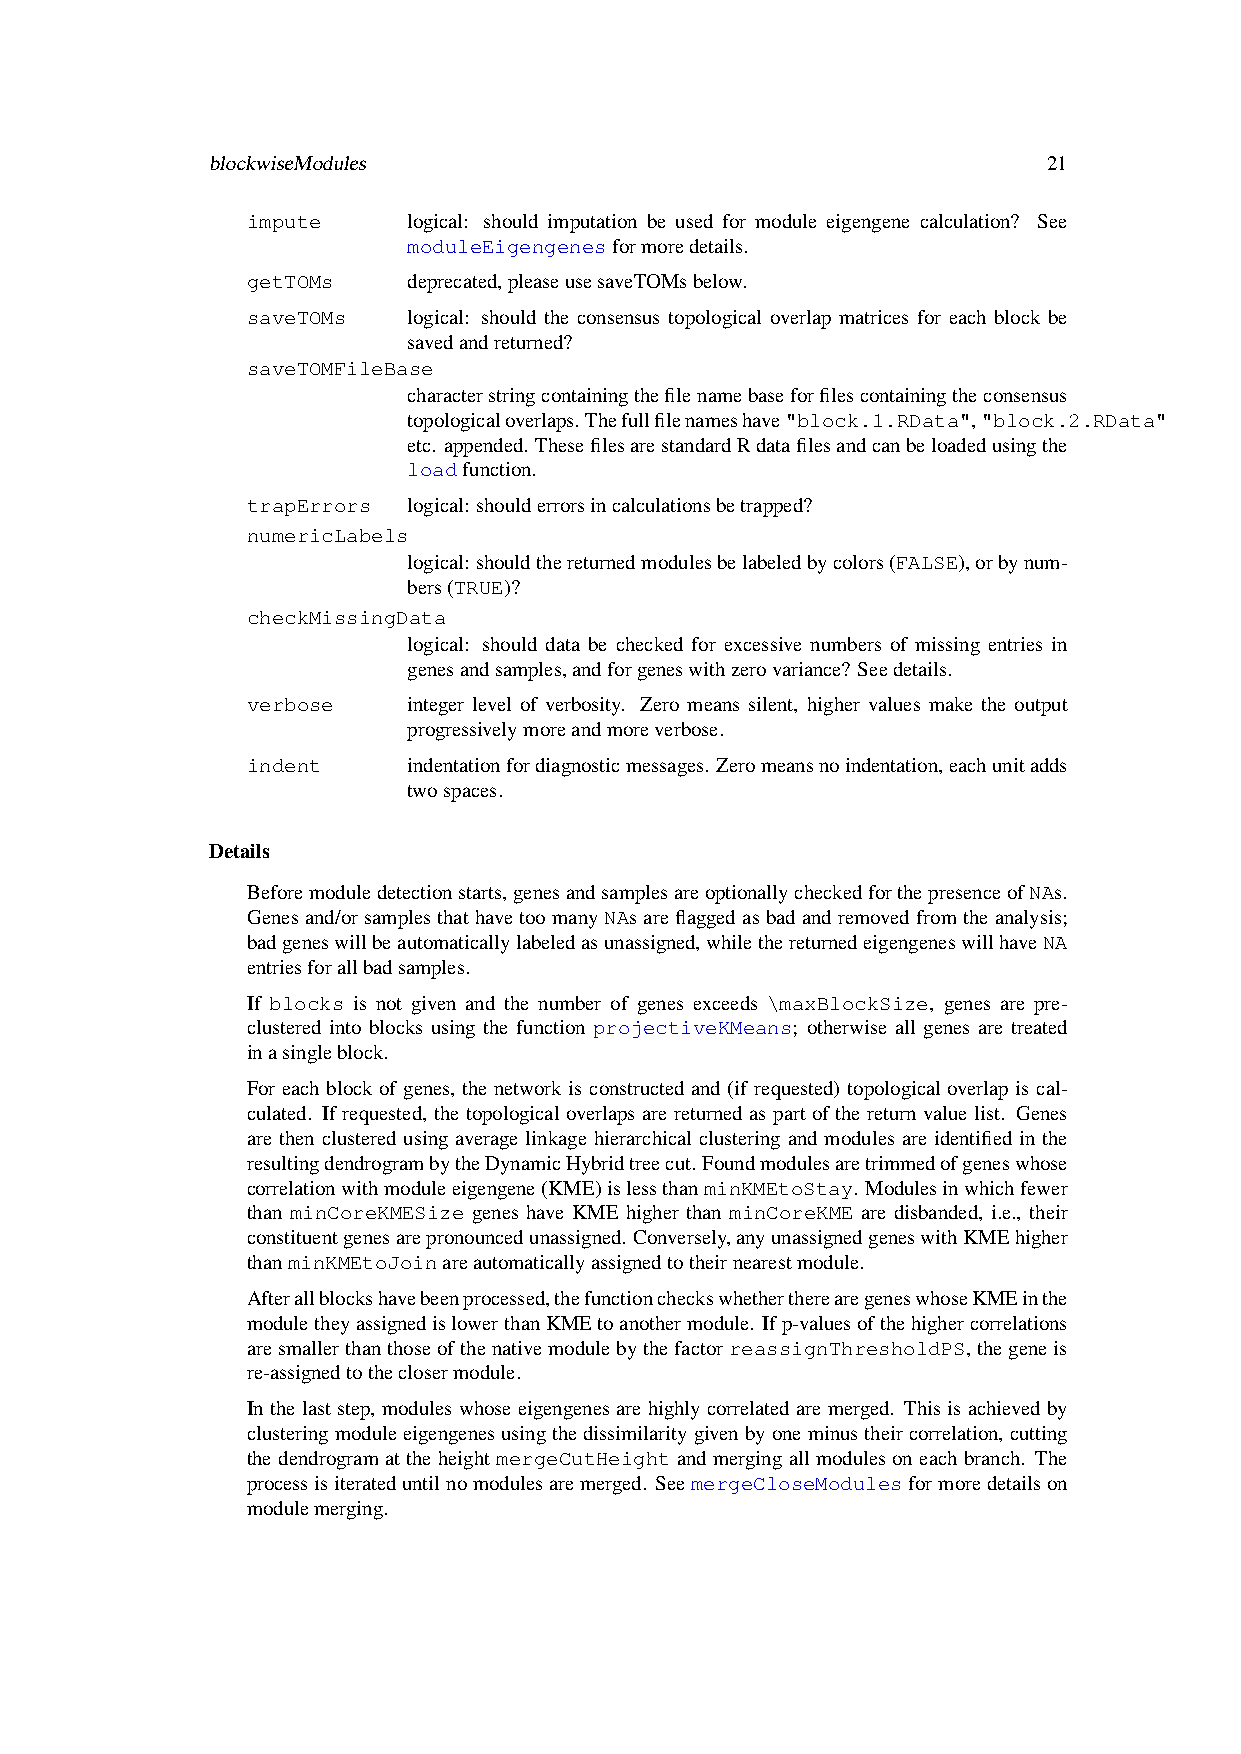
blockwiseModules                                       21
 impute     logical: should imputation be used for module eigengene calculation? See
 moduleEigengenesformoredetails.
 getTOMs    deprecated,pleaseusesaveTOMsbelow.
 saveTOMs   logical: should the consensus topological overlap matrices for each block be
 savedandreturned?
 saveTOMFileBase
 characterstringcontainingthefilenamebaseforfilescontainingtheconsensus
 topologicaloverlaps.Thefullfilenameshave"block.1.RData","block.2.RData"
 etc. appended. ThesefilesarestandardRdatafilesandcanbeloadedusingthe
 loadfunction.
 trapErrors logical: shoulderrorsincalculationsbetrapped?
 numericLabels
 logical: shouldthereturnedmodulesbelabeledbycolors(FALSE),orbynum-
 bers(TRUE)?
 checkMissingData
 logical: should data be checked for excessive numbers of missing entries in
 genesandsamples,andforgeneswithzerovariance? Seedetails.
 verbose    integer level of verbosity. Zero means silent, higher values make the output
 progressivelymoreandmoreverbose.
 indent     indentationfordiagnosticmessages. Zeromeansnoindentation,eachunitadds
 twospaces.
 Details
 Beforemoduledetectionstarts,genesandsamplesareoptionallycheckedforthepresenceofNAs.
 Genesand/orsamplesthathavetoomanyNAsareflaggedasbadandremovedfromtheanalysis;
 badgeneswillbeautomaticallylabeledasunassigned,whilethereturnedeigengeneswillhaveNA
 entriesforallbadsamples.
 If blocks is not given and the number of genes exceeds \maxBlockSize, genes are pre-
 clustered into blocks using the function projectiveKMeans; otherwise all genes are treated
 inasingleblock.
 For each block of genes, the network is constructed and (if requested) topological overlap is cal-
 culated. If requested, the topological overlaps are returned as part of the return value list. Genes
 are then clustered using average linkage hierarchical clustering and modules are identified in the
 resultingdendrogrambytheDynamicHybridtreecut. Foundmodulesaretrimmedofgeneswhose
 correlationwithmoduleeigengene(KME)islessthanminKMEtoStay. Modulesinwhichfewer
 than minCoreKMESize genes have KME higher than minCoreKME are disbanded, i.e., their
 constituentgenesarepronouncedunassigned. Conversely,anyunassignedgeneswithKMEhigher
 thanminKMEtoJoinareautomaticallyassignedtotheirnearestmodule.
 Afterallblockshavebeenprocessed,thefunctioncheckswhethertherearegeneswhoseKMEinthe
 moduletheyassignedislowerthanKMEtoanothermodule. Ifp-valuesofthehighercorrelations
 aresmallerthanthoseofthenativemodulebythefactorreassignThresholdPS,thegeneis
 re-assignedtotheclosermodule.
 Inthelaststep, moduleswhoseeigengenesarehighlycorrelatedaremerged. Thisisachievedby
 clusteringmoduleeigengenesusingthedissimilaritygivenbyoneminustheircorrelation,cutting
 the dendrogram at the height mergeCutHeight and merging all modules on each branch. The
 processisiterateduntilnomodulesaremerged. SeemergeCloseModulesformoredetailson
 modulemerging.